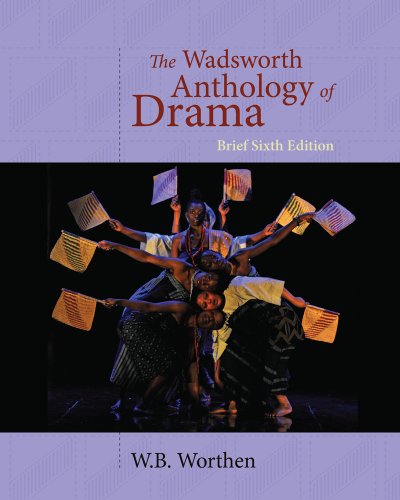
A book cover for The Wadsworth Anthology of Drama, Brief 6th Edition; W. B. Worthen; Literature & Fiction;